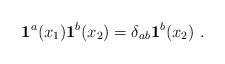
LaTeX: \begin{align*}{\bf 1}^a(x_1){\bf 1}^b(x_2)= \delta_{ab}{\bf 1}^b(x_2)\,\,.\end{align*}